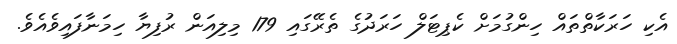
އެކި ހަރަކާތްތައް ހިންގުމަށް ކެޕިޓަލް ހަރަދުގެ ތެރޭގައި 179 މިލިއަން ރުފިޔާ ހިމަނާފައިވެއެވެ.